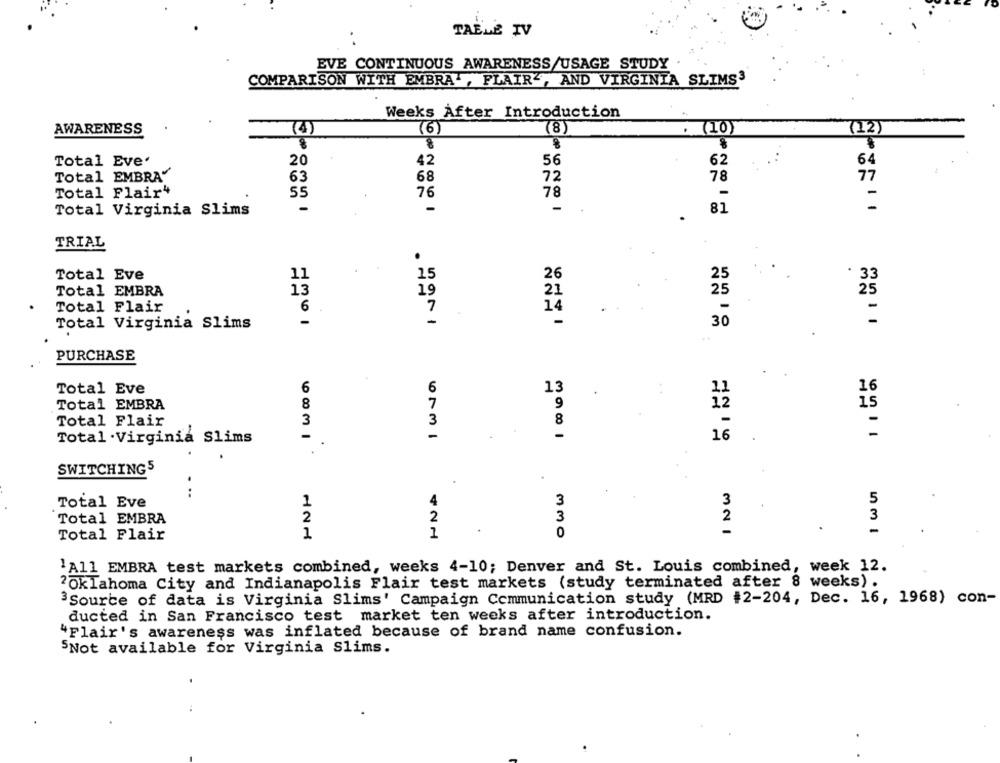
TABLE IV
EVE CONTINUOUS AWARENESS/USAGE STUDY
COMPARISON WITH EMBRA ., FLAIR", AND VIRGINIA SLIMS3
Weeks After Introduction
(6)
(8)
(12)
AWARENESS
4
(10)
20
64
Total Eve'
42
56
62
Total EMBRA"'
77
63
68
72
78
Total Flair4
55
76
78
-
-
-
Total Virginia Slims
81
TRIAL
15
26
25
.
Total Eve
11
33
Total EMBRA
13
19
21
25
25
Total Flair
6
7
14
-
-
-
Total Virginia Slims
30
PURCHASE
6
6
13
16
Total Eve
Total EMBRA
8
7
9
15
Total Flair
3
3
8
-
-
Total .Virginia Slims
16
SWITCHING5
:
1
3
3
5
Total Eve
2
2
3
2
3
Total EMBRA
1
0
-
Total Flair
1
'All EMBRA test markets combined, weeks 4-10; Denver and St. Louis combined, week 12.
2Oklahoma City and Indianapolis Flair test markets (study terminated after 8 weeks) .
3Source of data is Virginia Slims' Campaign Communication study (MRD #2-204, Dec. 16, 1968) con-
ducted in San Francisco test market ten weeks after introduction.
"Flair's awareness was inflated because of brand name confusion.
SNot available for Virginia Slims.